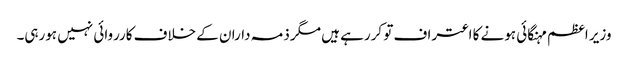
وزیر اعظم مہنگائی ہونے کا اعتراف تو کررہے ہیں مگر ذمہ داران کے خلاف کارروائی نہیں ہورہی۔